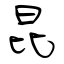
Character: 昆